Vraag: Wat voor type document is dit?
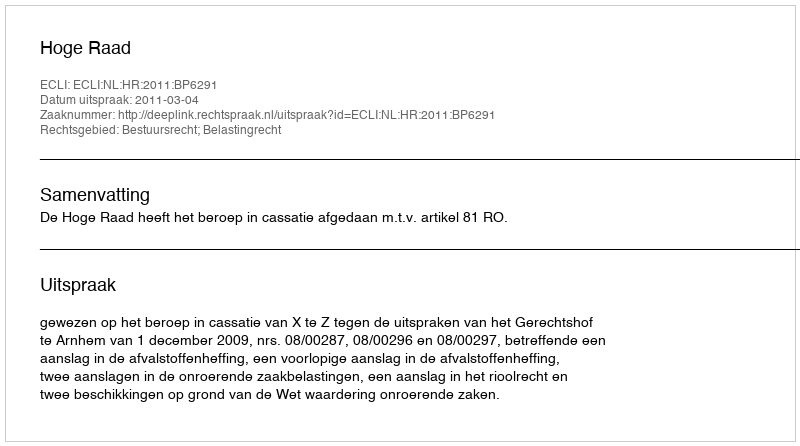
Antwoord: Uitspraak